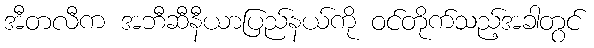
အီတလီက အဘီဆီနီယာပြည်နယ်ကို ဝင်တိုက်သည့်အခါတွင်